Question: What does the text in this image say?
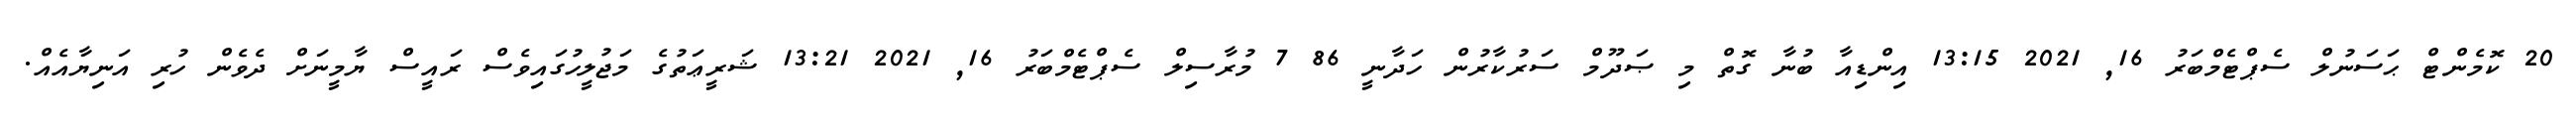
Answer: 20 ކޮމެންޓް ޙަސަނުލް ސެޕްޓެމްބަރު 16, 2021 13:15 އިންޑިއާ ބުނާ ގޮތް މި ޞަދޫމް ސަރުކާރުން ހަދާނީ 86 7 މުރާސިލް ސެޕްޓެމްބަރު 16, 2021 13:21 ޝަރީޢަތުގެ މަޖުލީހުގައިވެސް ރައީސް ޔާމީނަށް ދެވެން ހުރި އަނިޔާއެއް.